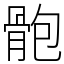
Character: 骲